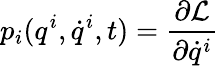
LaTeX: p_{i}(q^{i},{\dot{q}}^{i},t)={\frac{\partial{\mathcal{L}}}{\partial{\dot{q}}^{i}}}